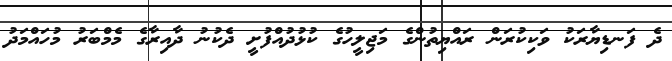
ދެ ފަނޑިޔާރަކު ވަކިކުރަން ރައްޔިތުންގެ މަޖިލީހުގެ ކުޅުދުއްފުށީ ދެކުނު ދާއިރާގެ މެމްބަރު މުހައްމަދު